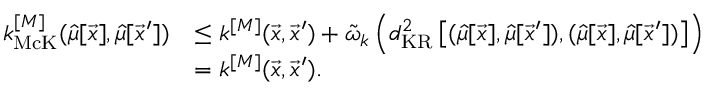
\begin{array} { r l } { k _ { \mathrm { M c K } } ^ { [ M ] } ( \hat { \mu } [ \vec { x } ] , \hat { \mu } [ \vec { x } ^ { \prime } ] ) } & { \leq k ^ { [ M ] } ( \vec { x } , \vec { x } ^ { \prime } ) + \tilde { \omega } _ { k } \left( d _ { \mathrm { K R } } ^ { 2 } \left[ ( \hat { \mu } [ \vec { x } ] , \hat { \mu } [ \vec { x } ^ { \prime } ] ) , ( \hat { \mu } [ \vec { x } ] , \hat { \mu } [ \vec { x } ^ { \prime } ] ) \right] \right) } \\ & { = k ^ { [ M ] } ( \vec { x } , \vec { x } ^ { \prime } ) . } \end{array}